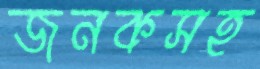
জনকসহ